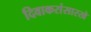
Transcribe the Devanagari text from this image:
दिवाकरांसारखे